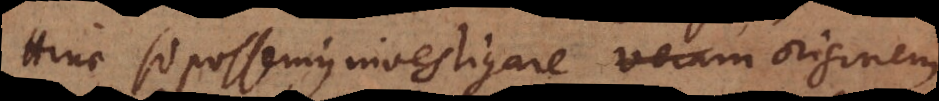
Hinc si possemus investigare veram originem